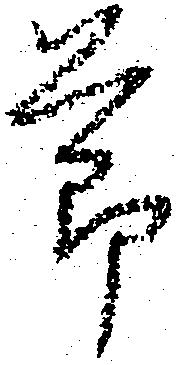
節